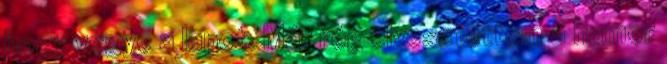
hogy vegye a lapot. Már rég elvesztettem a humor